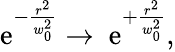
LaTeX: \begin{array}{r}{\mathrm{e}^{-\frac{r^{2}}{w_{0}^{2}}}\rightarrow\ \mathrm{e}^{+\frac{r^{2}}{w_{0}^{2}}},}\end{array}